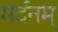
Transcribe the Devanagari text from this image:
मर्दनम्